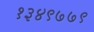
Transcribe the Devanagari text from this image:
१३४९७७९